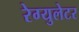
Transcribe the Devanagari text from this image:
रेग्युलेटर